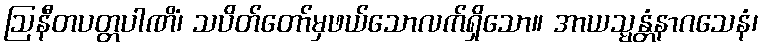
ဩနီတပတ္တပါဏိံ၊ သပိတ်တော်မှဖယ်သောလက်ရှိသော။ အာယသ္မန္တံနာဂသေနံ၊